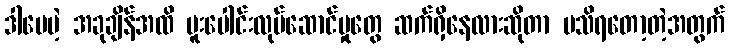
ဒါပေမဲ့ အခုချိန်အထိ ပူးပေါင်းလုပ်ဆောင်မှုတွေ ဆက်ရှိနေလားဆိုတာ မသိရတော့တဲ့အတွက်